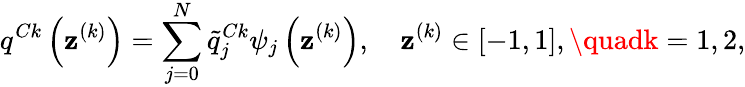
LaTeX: q^{Ck}\left(\mathbf{z}^{(k)}\right)=\sum_{j=0}^{N}\tilde{{q}}_{j}^{Ck}\psi_{j}\left(\mathbf{z}^{(k)}\right),\quad\mathbf{z}^{(k)}\in[-1,1],\quadk=1,2,